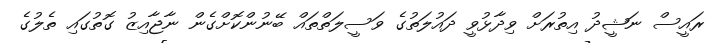
ރައީސް ނަޝީދު އިތުރަށް ވިދާޅުވީ ދައުލަތުގެ ވަސީލަތްތައް ބޭނުންކޮށްގެން ނާޖާއިޒު ގޮތުގައި ތެލުގެ